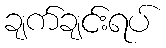
ချက်ချင်းရပ်